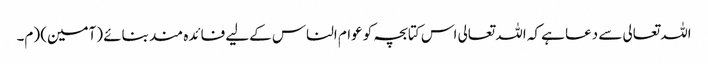
اللہ تعالی سے دعا ہے کہ اللہ تعالی اس کتابچہ کو عوام الناس کےلیے فائدہ مند بنائے (آمین) (م۔